Palvere-Nikolai_(Ravila)_vallakohus, lk 7
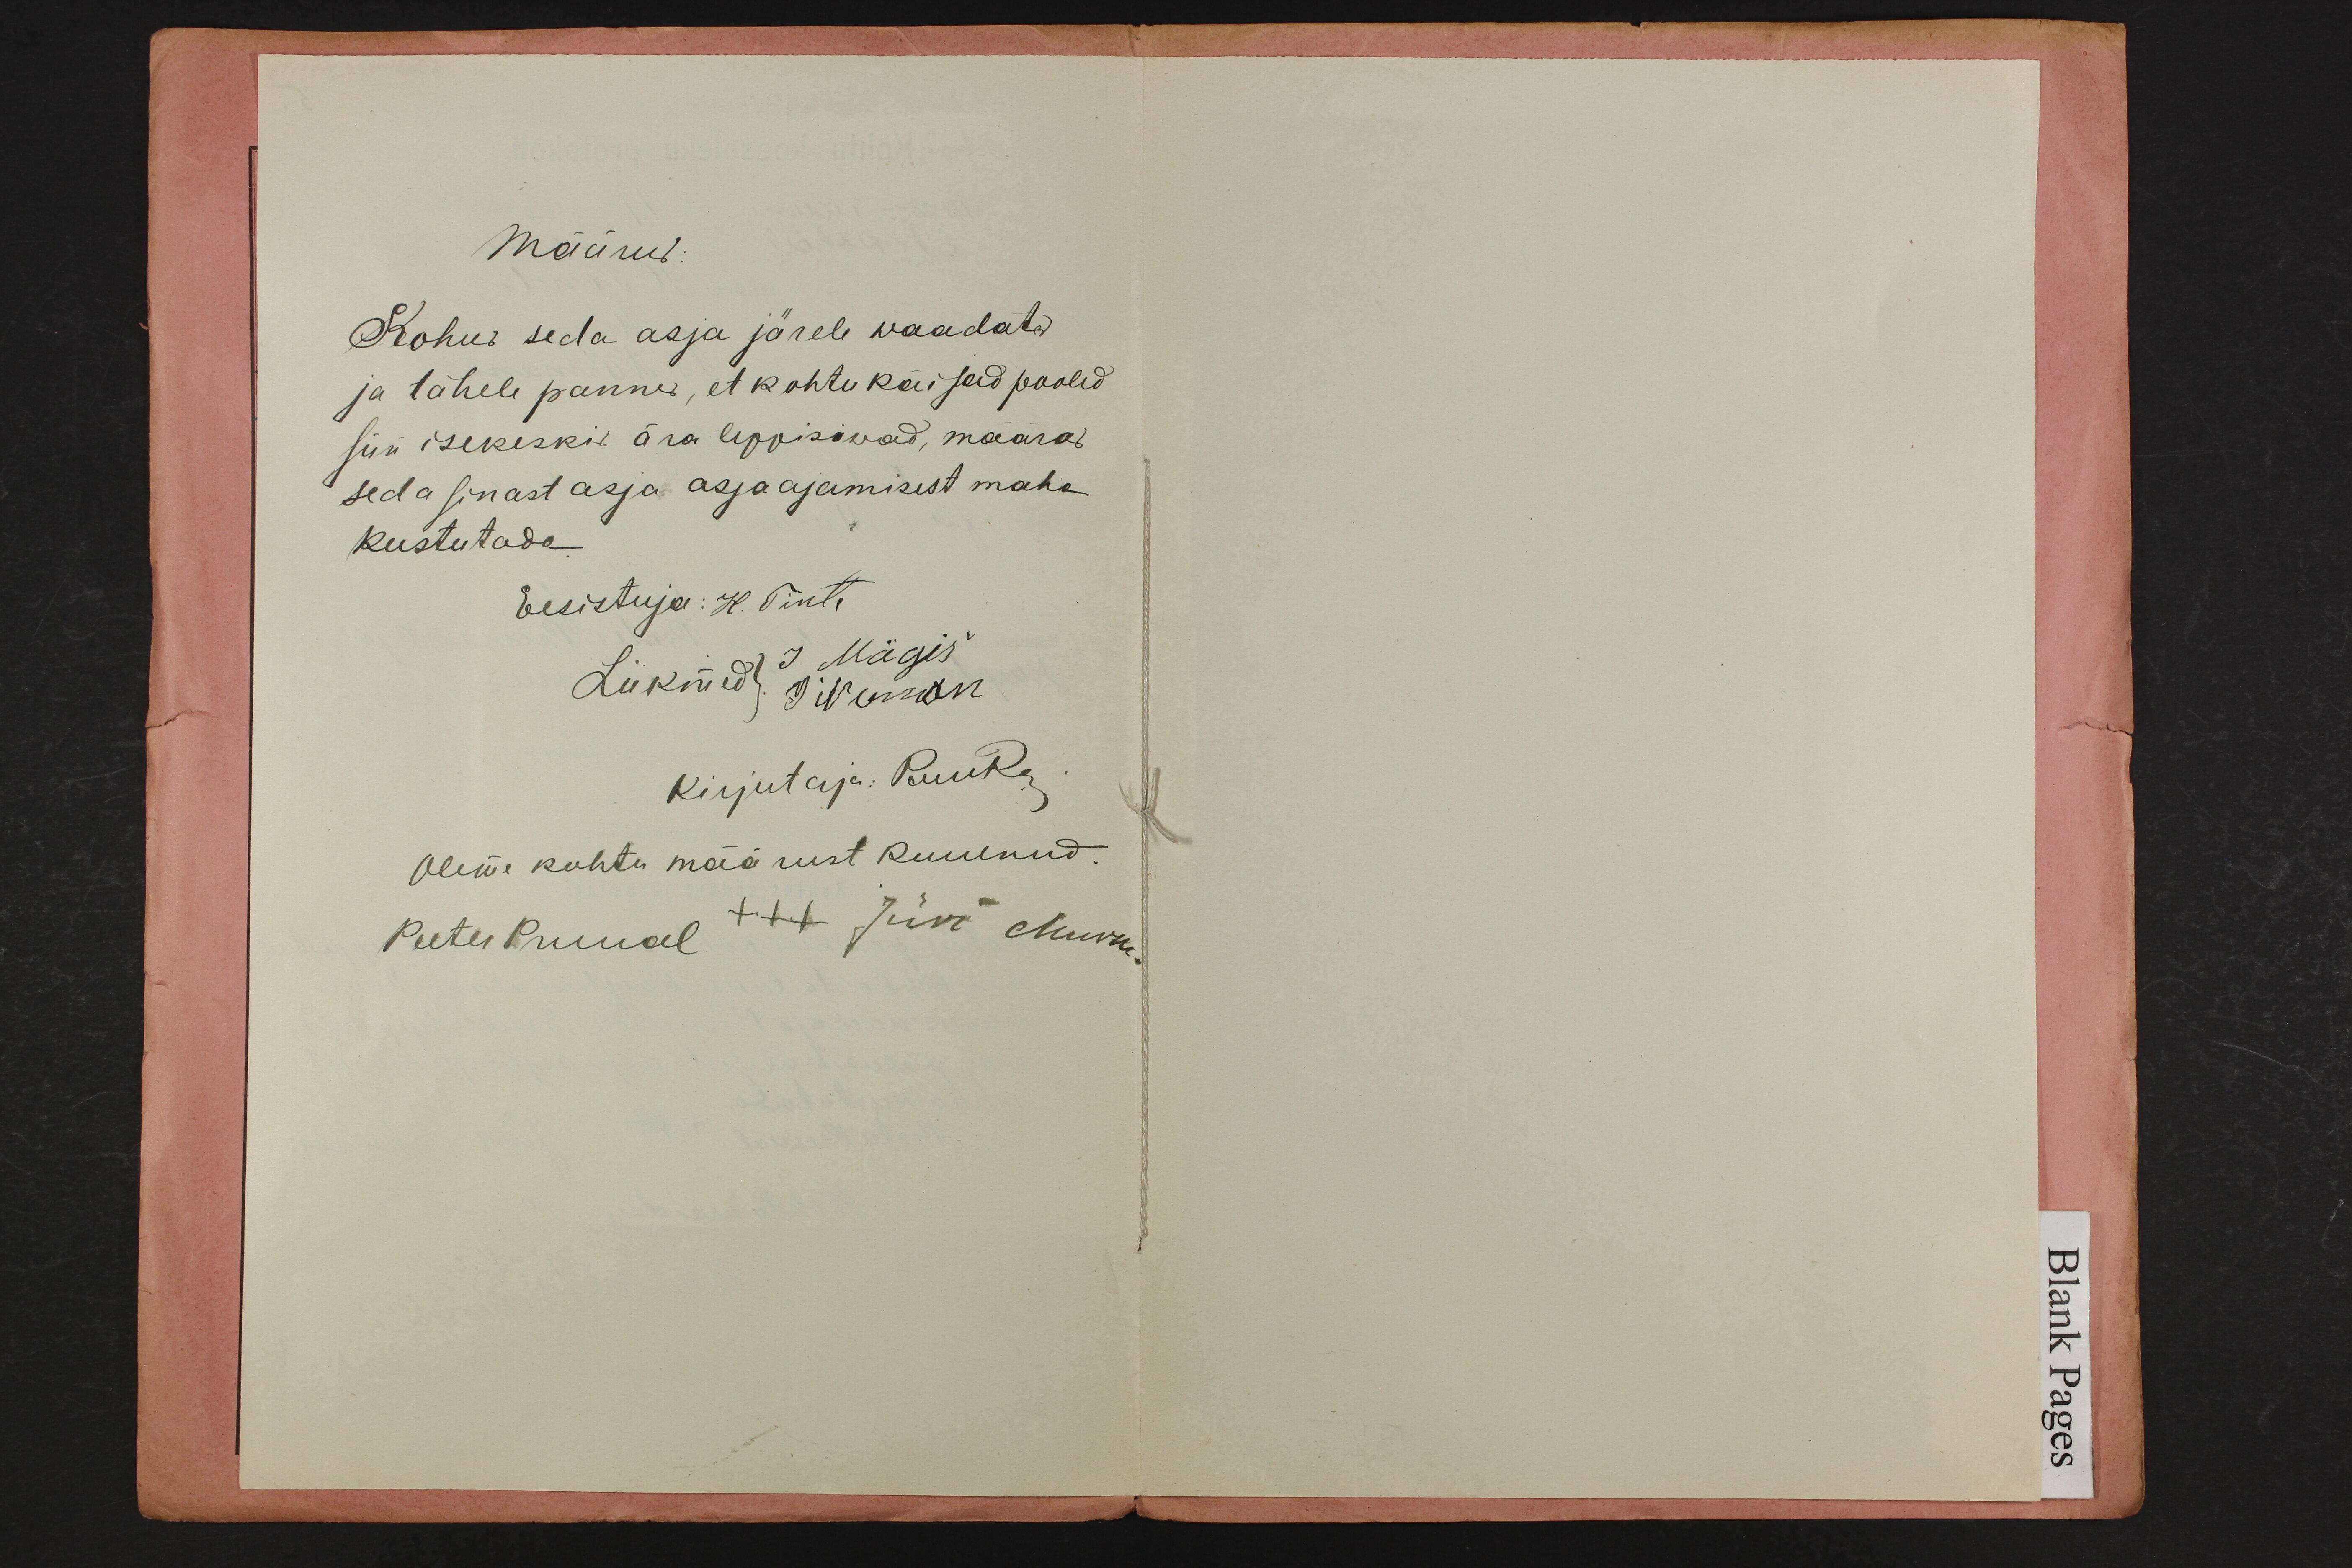
Määrus:
Kohus seda asja järele waadates
ja tähele pannes, et kohtu käijad pooled
siin isekeskis ära leppisiwad, maaras
seda sinast asja asjaajamisest maha
kustutada
Eesistuja: H. Tint.
Liikmed Mägis
Divunon
kirjutaja: Puura
Oleme kohtu määrust kuulnud.
PeeterPruual XXX Jüri Muru